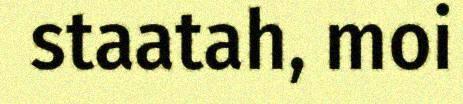
staatah, moi